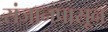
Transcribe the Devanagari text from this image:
संजानपासून